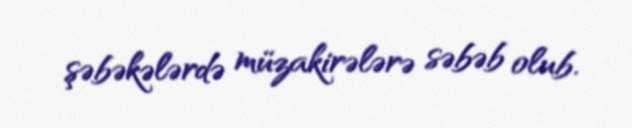
şəbəkələrdə müzakirələrə səbəb olub.